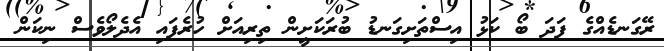
ރޭގަނޑެއްގެ ފަދަ ބޯ ކަޅު އިސްތަށިގަނޑު ބުރަކަށީން ތިރިއަށް ހުރެފައި އެދެލޯވެސް ނިކަން